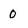
Character: 0